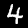
Digit: 4